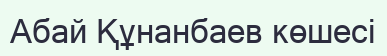
Абай Құнанбаев көшесі